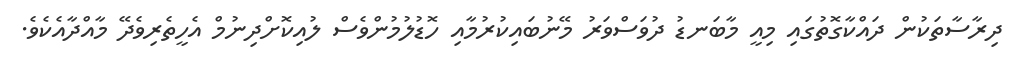
ދިރާސާތަކުން ދައްކާގޮތުގައި މިއީ މާބަނޑު ދުވަސްވަރު މޭނުބައިކުރުމާއި ހޮޑުލުމުންވެސް ލުއިކޮށްދިނުމް އެހީތެރިވެދޭ މާއްދާއެކެވެ.